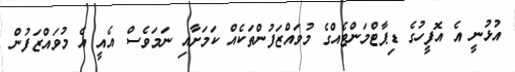
އުޅުނީ އެ އޮފީހުގެ ޑިޕާޓްމަންޓެއްގެ މުވައްޒަފުންތަކެއް ކަމަށާއި ނަމަވެސް އެއީ އެ މުވައްޒަފުން